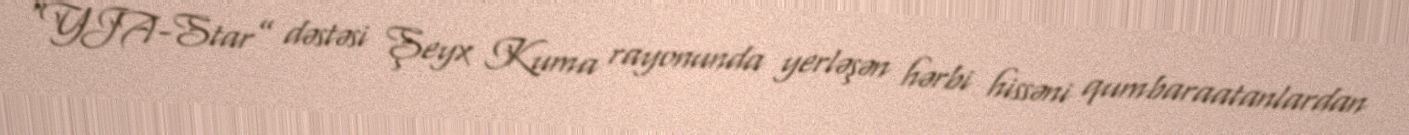
“YJA-Star” dəstəsi Şeyx Kuma rayonunda yerləşən hərbi hissəni qumbaraatanlardan